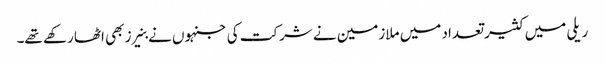
ریلی میں کثیر تعداد میں ملازمین نے شرکت کی جنہوں نے بنیرز بھی اٹھا رکھے تھے۔